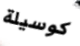
كوسيلة